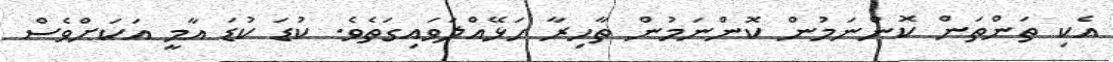
އެކި ތަންތަން ކޮންނަމުން ކޮންނަމުން ތާހިރާ ހަޅޭއްލަވައިގަތެވެ. ކުޑަ ކުޑަ އާމީ އަކަށްވެސް